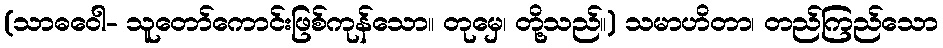
(သာဓဝေါ- သူတော်ကောင်းဖြစ်ကုန်သော။ တုမှေ၊ တို့သည်။) သမာဟိတာ၊ တည်ကြည်သော